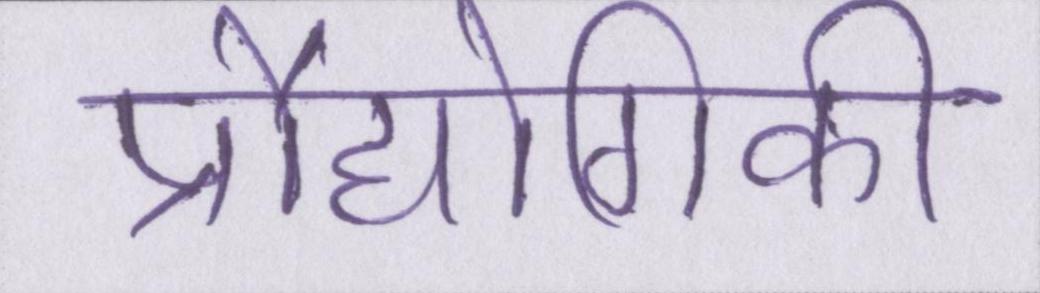
प्रौद्योगिकी